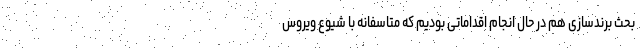
بحث برندسازی هم در حال انجام اقداماتی بودیم که متاسفانه با شیوع ویروس